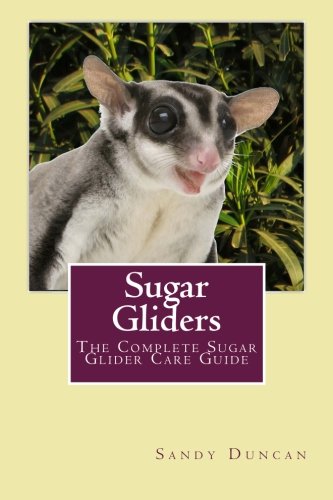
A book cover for Sugar Gliders: The Complete Sugar Glider Care Guide; Sandy Duncan; Crafts, Hobbies & Home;